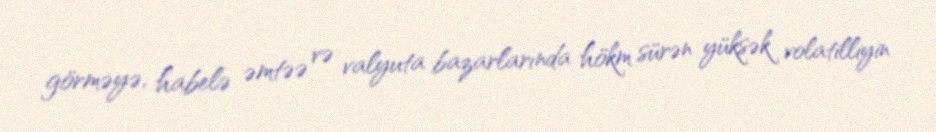
görməyə, habelə əmtəə və valyuta bazarlarında hökm sürən yüksək volatilliyin